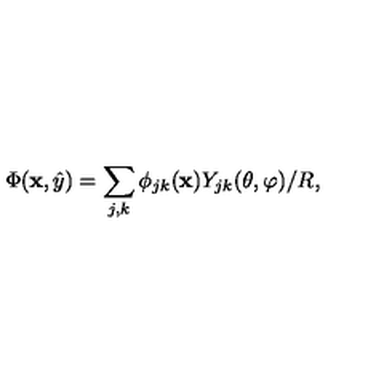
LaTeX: \Phi ( { \bf x } , \hat { y } ) = \sum _ { j , k } \phi _ { j k } ( { \bf x } ) Y _ { j k } ( \theta , \varphi ) / R ,